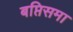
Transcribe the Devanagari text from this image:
बप्तिसमा